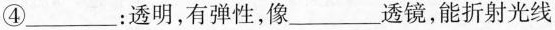
④___：透明，有弹性，像___透镜，能折射光线